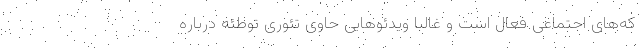
که‌های اجتماعی فعال است و غالبا ویدئوهایی حاوی تئوری توطئه درباره